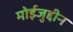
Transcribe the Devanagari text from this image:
मोईजुद्दीन